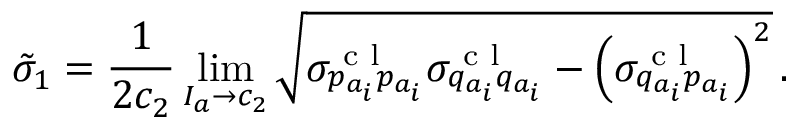
\tilde { \sigma } _ { 1 } = \frac { 1 } { 2 c _ { 2 } } \operatorname* { l i m } _ { I _ { a } \to c _ { 2 } } \sqrt { \sigma _ { p _ { a _ { i } } p _ { a _ { i } } } ^ { \textrm { c l } } \sigma _ { q _ { a _ { i } } q _ { a _ { i } } } ^ { \textrm { c l } } - \left( \sigma _ { q _ { a _ { i } } p _ { a _ { i } } } ^ { \textrm { c l } } \right) ^ { 2 } } \, .